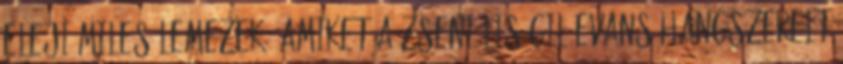
eleji Miles lemezek, amiket a zseniális Gil Evans hangszerelt